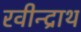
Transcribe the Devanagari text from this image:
रवीन्द्राथ